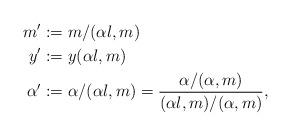
LaTeX: \begin{align*} m' &:= m / (\alpha l,m)\\ y' &:= y (\alpha l,m)\\ \alpha' &:= \alpha/(\alpha l,m) = \frac{\alpha/(\alpha,m)}{(\alpha l,m)/(\alpha,m)},\end{align*}